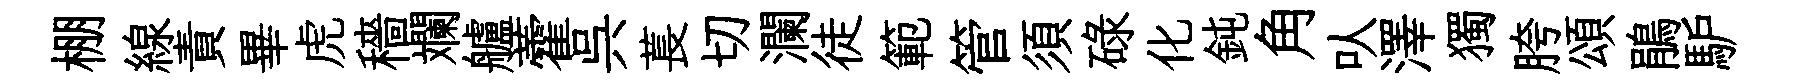
棚線責畢虎穡斕艫藿呉萇切瀾徒範管須碌化鈍角㕥澤獨胯頌鵑馿